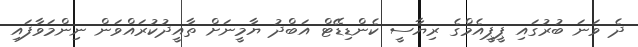
ދެ ވަނަ ބުރުގައި ޕީޕީއެމްގެ ރިޔާސީ ކެންޑިޑޭޓް އަބްދު ޔާމީނަށް ތާއީދުކުރައްވަން ނިންމަވާފައި